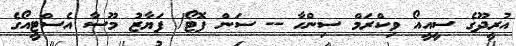
އުރީދޫގެ ސީއީއޯ ވިކްރަމް ސިންހާ -- ސަން ފޮޓޯ/ ފަޔާޒު މޫސާ އެސްޓީއޯގެ